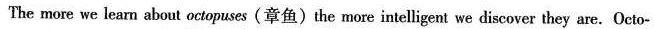
The more we learn about octopuses (章鱼)the more intelligent we discover they are. Octo-